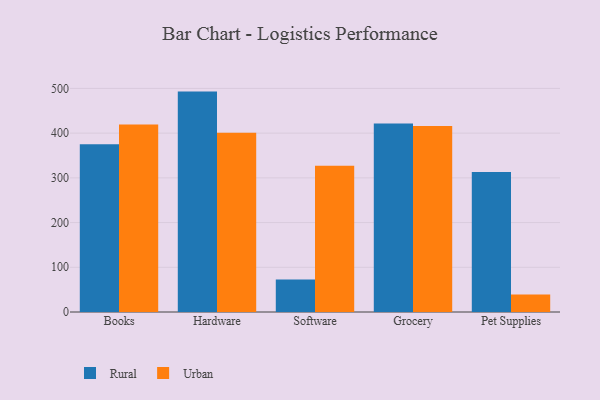
{"axis": {"x": "Category", "y": "Energy Usage (MWh)"}, "legend": ["Rural", "Urban"], "data": [{"x": "Books", "y": 375.0, "type": "Rural"}, {"x": "Books", "y": 419.5, "type": "Urban"}, {"x": "Hardware", "y": 492.9, "type": "Rural"}, {"x": "Hardware", "y": 401.1, "type": "Urban"}, {"x": "Software", "y": 72.8, "type": "Rural"}, {"x": "Software", "y": 327.1, "type": "Urban"}, {"x": "Grocery", "y": 421.6, "type": "Rural"}, {"x": "Grocery", "y": 416.1, "type": "Urban"}, {"x": "Pet Supplies", "y": 313.2, "type": "Rural"}, {"x": "Pet Supplies", "y": 39.1, "type": "Urban"}]}